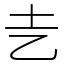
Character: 㐋